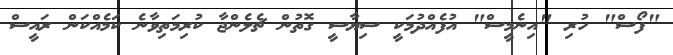
"ފޯސް" ހުރި "އިނެމީސް" އުފެއްދުމަކީ ސިޔާސީ ގޮތުން ޗެލެންޖާ ކުރިމަތިވާނެ ކަމެއްކަން ރައީސް